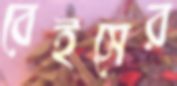
বেইসের